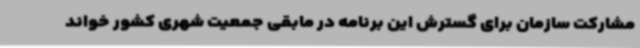
مشارکت سازمان برای گسترش این برنامه در مابقی جمعیت شهری کشور خواند